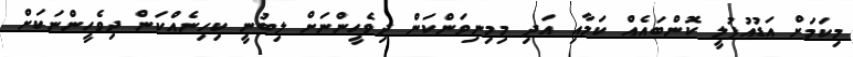
މިކަމަށް އަޑުއުފުލީ ކޮންބައެއް ކަމާއި އަދި މިމިނިވަންކަން ދިވެހީންނަށް ލިބުނީ ކިހިނެއްކަން ދިވެހީންނަކަށް